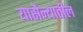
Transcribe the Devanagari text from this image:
यासैन्यातील